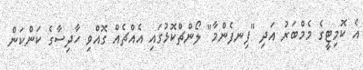
އެ ކޮމިޓީގެ މެމްބަރު އަދި "ފިނފެންމާ" ލޯންޗްކޮޅުގައި އެއްޗެއް ގޮއްވި ހާދިސާގެ ކަންކަން